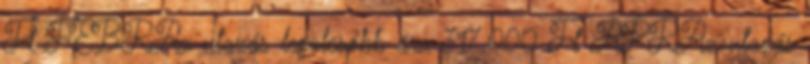
Ft FEBRAz utazás legolcsóbb ára 317.000 Ft ÁPRAz utazás